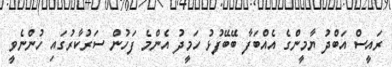
ރައީސް އަބްދު ޔާމީންގެ އެއްބަފާ ބޭބޭފުޅު ހަމީދު އެންމެ ފަހުން ސަރުކާރުގައި ހުންނެވީ